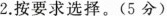
2.按要求选择。(5分)